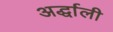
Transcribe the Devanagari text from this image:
अर्द्धाली